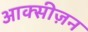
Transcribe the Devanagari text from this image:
आक्सीज़न